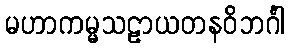
မဟာကမ္မသဠာယတနဝိဘင်္ဂါ